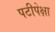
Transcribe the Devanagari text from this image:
पटीपेक्षा